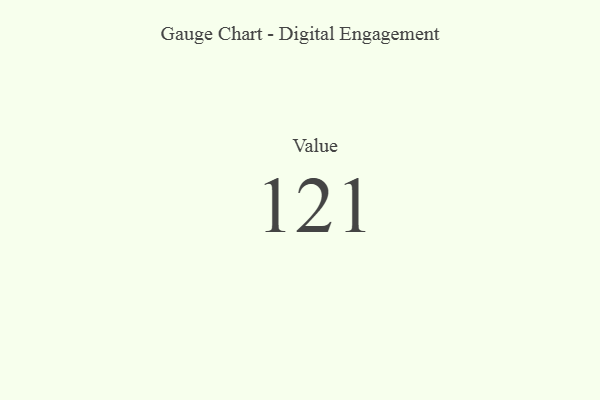
{"axis": {"x": "Metric", "y": "Value"}, "legend": [""], "data": [{"x": "Value", "y": 121, "type": ""}]}